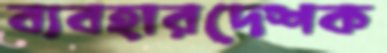
ব্যবহারদেশক